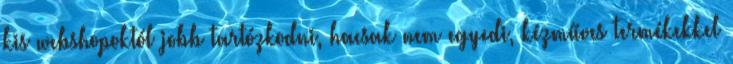
kis webshopoktól jobb tartózkodni, hacsak nem egyedi, kézműves termékekkel